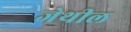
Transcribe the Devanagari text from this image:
जेथील